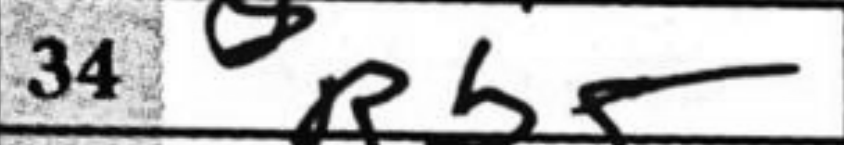
Transcription: Rb5